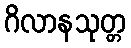
ဂိလာနသုတ္တ